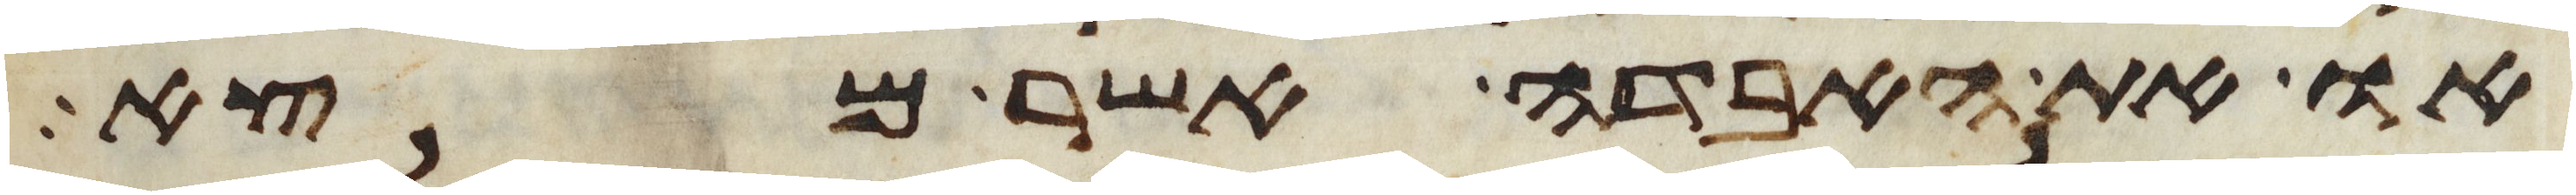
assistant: או את האבדה אשר מצא